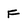
Character: F